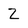
Character: Z